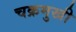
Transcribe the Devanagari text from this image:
चक्रमुखी